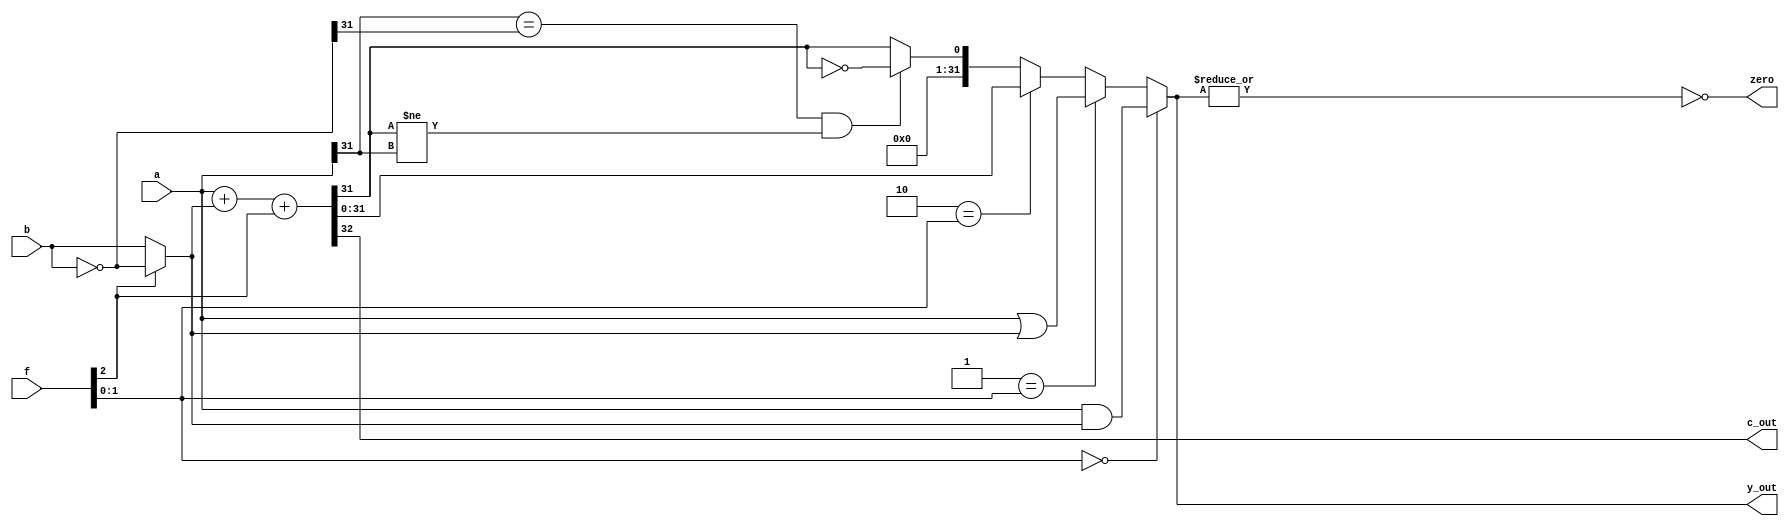
module ALU (
    input  [31:0] a, b,
    input  [ 2:0] f ,
	output [31:0] y_out,
    output zero,
    output c_out
);

    wire [31:0] not_b;
    assign not_b = ~ b;

    wire [31:0] b_mux_not_b;
    assign b_mux_not_b = (1'b0 == f[2]) ? b : not_b;

    wire [31:0] fx00;
    assign fx00 = a & b_mux_not_b;

    wire [31:0] fx01;
    assign fx01 = a | b_mux_not_b;

    wire [31:0] fx10;
    assign {c_out, fx10} = a + b_mux_not_b + f[2];

    wire [31:0] fx11;
    assign fx11 = {{31{1'b0}}, ((a[31] == not_b[31]) && (fx10[31] != a[31])) ? ~(fx10[31]) : fx10[31]};

    assign zero = ~| y_out;

    assign y_out = 2'b00 == f[1:0] ? fx00 : (2'b01 == f[1:0] ? fx01 : (2'b10 == f[1:0] ? fx10 : fx11 ));

endmodule